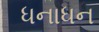
ધનાધન